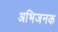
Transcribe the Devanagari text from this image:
अभिजनक